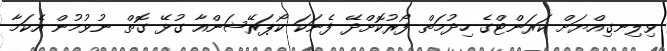
ވިލިނގިއްޔަށް ކަރަންޓްގެ ހިދުމަތް ފޯރުކޮށްދޭ ފެނަކަ ކޯޕަރޭޝަންއާ ގުޅޭ ގޮތް ނުވުމުން އެކަމާ